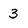
Character: 3